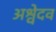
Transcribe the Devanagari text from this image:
अश्वेदव